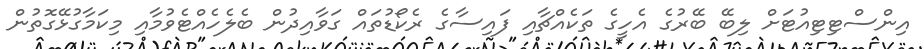
އިންސްޓިޓިއުޓަށް ލިބޭ ބޭރުގެ އެހީގެ ތަކެއްޗާއި ފައިސާގެ ރެކޯޑުތައް ގަވާއިދުން ބެލެހެއްޓެވުމާއި މިކަމާގުޅޭގޮތުން